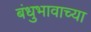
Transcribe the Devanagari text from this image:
बंधुभावाच्या